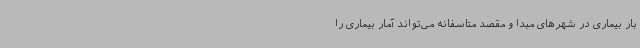
بار بیماری در شهرهای مبدا و مقصد متاسفانه می‌تواند آمار بیماری را